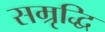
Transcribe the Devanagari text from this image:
सम्रृद्धि